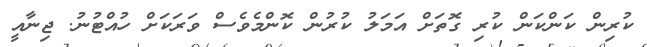
ކުރިން ކަންކަން ކުރި ގޮތަށް އަމަލު ކުރުން ކޮންމެވެސް ވަރަކަށް ހުއްޓުނު. ޖިނާއީ